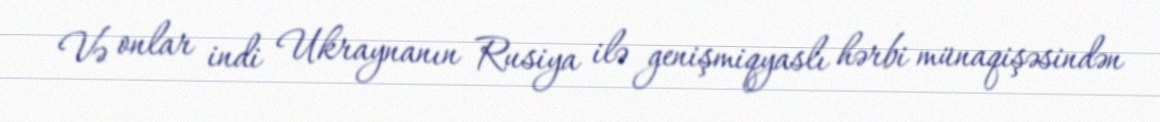
Və onlar indi Ukraynanın Rusiya ilə genişmiqyaslı hərbi münaqişəsindən